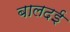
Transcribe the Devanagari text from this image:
बालदई